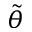
\Tilde { \theta }